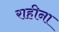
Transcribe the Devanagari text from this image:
राहीना